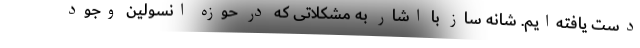
دست یافته‌ایم. شانه ساز با اشار به مشکلاتی که در حوزه انسولین وجود